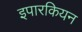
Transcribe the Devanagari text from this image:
इपारकियन